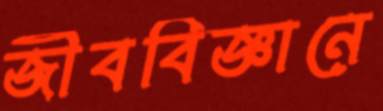
জীববিজ্ঞানে